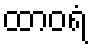
ထာဝရံ